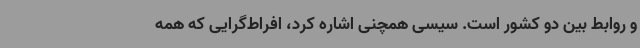
و روابط بین دو کشور است. سیسی همچنی اشاره کرد، افراط‌گرایی که همه